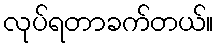
လုပ်ရတာခက်တယ်။